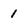
Character: 1